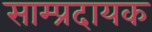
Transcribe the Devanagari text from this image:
साम्प्रदायक